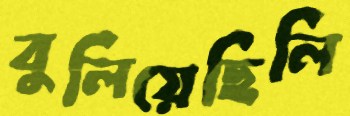
বুলিয়েছিলি